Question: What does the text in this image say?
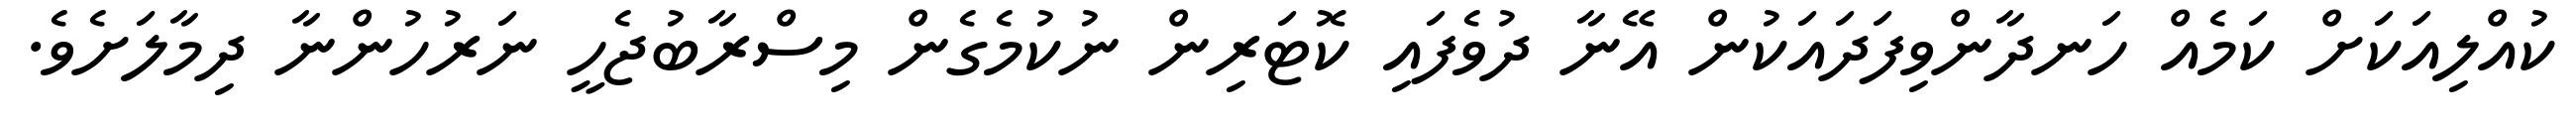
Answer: ކުއްލިއަކަށް ކަމެއް ހަނދާންވިފަދައަކުން އޭނާ ދުވެފައި ކޮޓަރިން ނުކުމެގެން މިސްރާބުޖެހީ ނަރުހުންނާ ދިމާލަށެވެ.